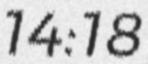
14:18